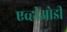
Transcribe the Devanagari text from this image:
एव्हीओडी